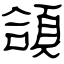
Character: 頜